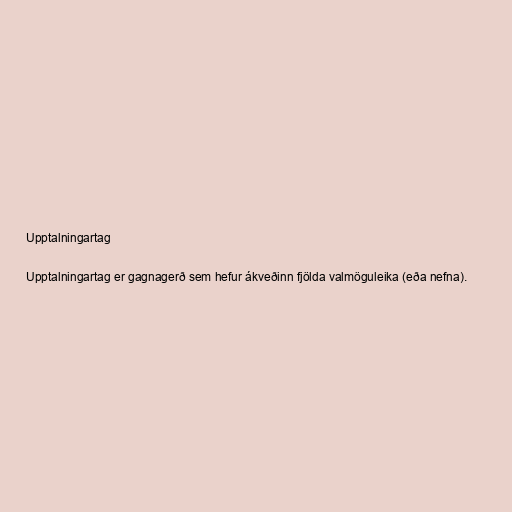
Upptalningartag

Upptalningartag er gagnagerð sem hefur ákveðinn fjölda valmöguleika (eða nefna).